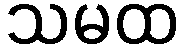
သမထ